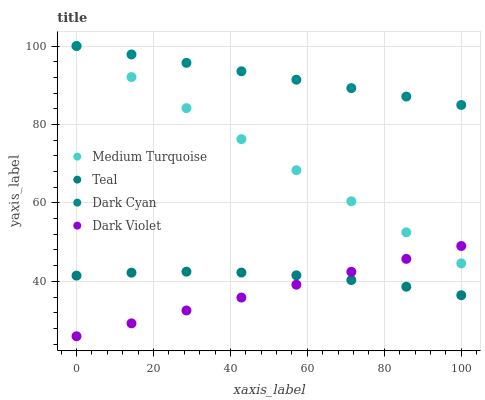
| xaxis_label | Medium Turquoise | Teal | Dark Cyan | Dark Violet |
 | --- | --- | --- | --- | --- |
 | 0 | 100 | 41.5 | 100 | 26 |
 | 14.3 | 92.1 | 42.2 | 97.9 | 29.3 |
 | 28.6 | 84.2 | 42.5 | 95.7 | 32.6 |
 | 42.9 | 76.2 | 42.2 | 93.6 | 35.9 |
 | 57.1 | 68.3 | 41.5 | 91.4 | 39.2 |
 | 71.4 | 60.4 | 40.3 | 89.3 | 42.4 |
 | 85.7 | 52.5 | 38.6 | 87.1 | 45.7 |
 | 100 | 44.6 | 36.5 | 85 | 49 |